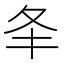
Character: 𡕖